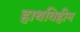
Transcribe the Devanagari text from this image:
हाथविहीन